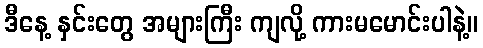
ဒီနေ့ နှင်းတွေ အများကြီး ကျလို့ ကားမမောင်းပါနဲ့။